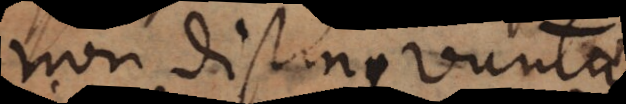
non distinguuntur,